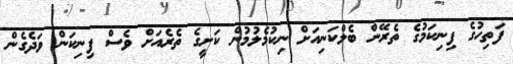
ފަތިހުގެ ފިނިކަމުގެ ތެރޭން ބެލްކަނިއަށް ނިކުމެލުމުން ކަށީގެ ތެރެއަށް ވެސް ފިނިކަން ވަދެގެން